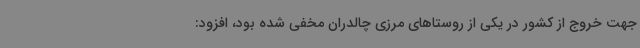
جهت خروج از کشور در یکی از روستاهای مرزی چالدران مخفی شده بود، افزود: